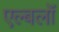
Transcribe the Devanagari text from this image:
एल्बलों